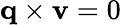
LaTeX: \mathbf{q}\times\mathbf{v}=0